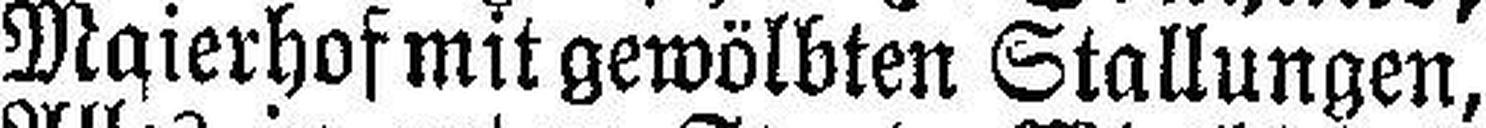
Maierhof mit gewölbten Stallungen,